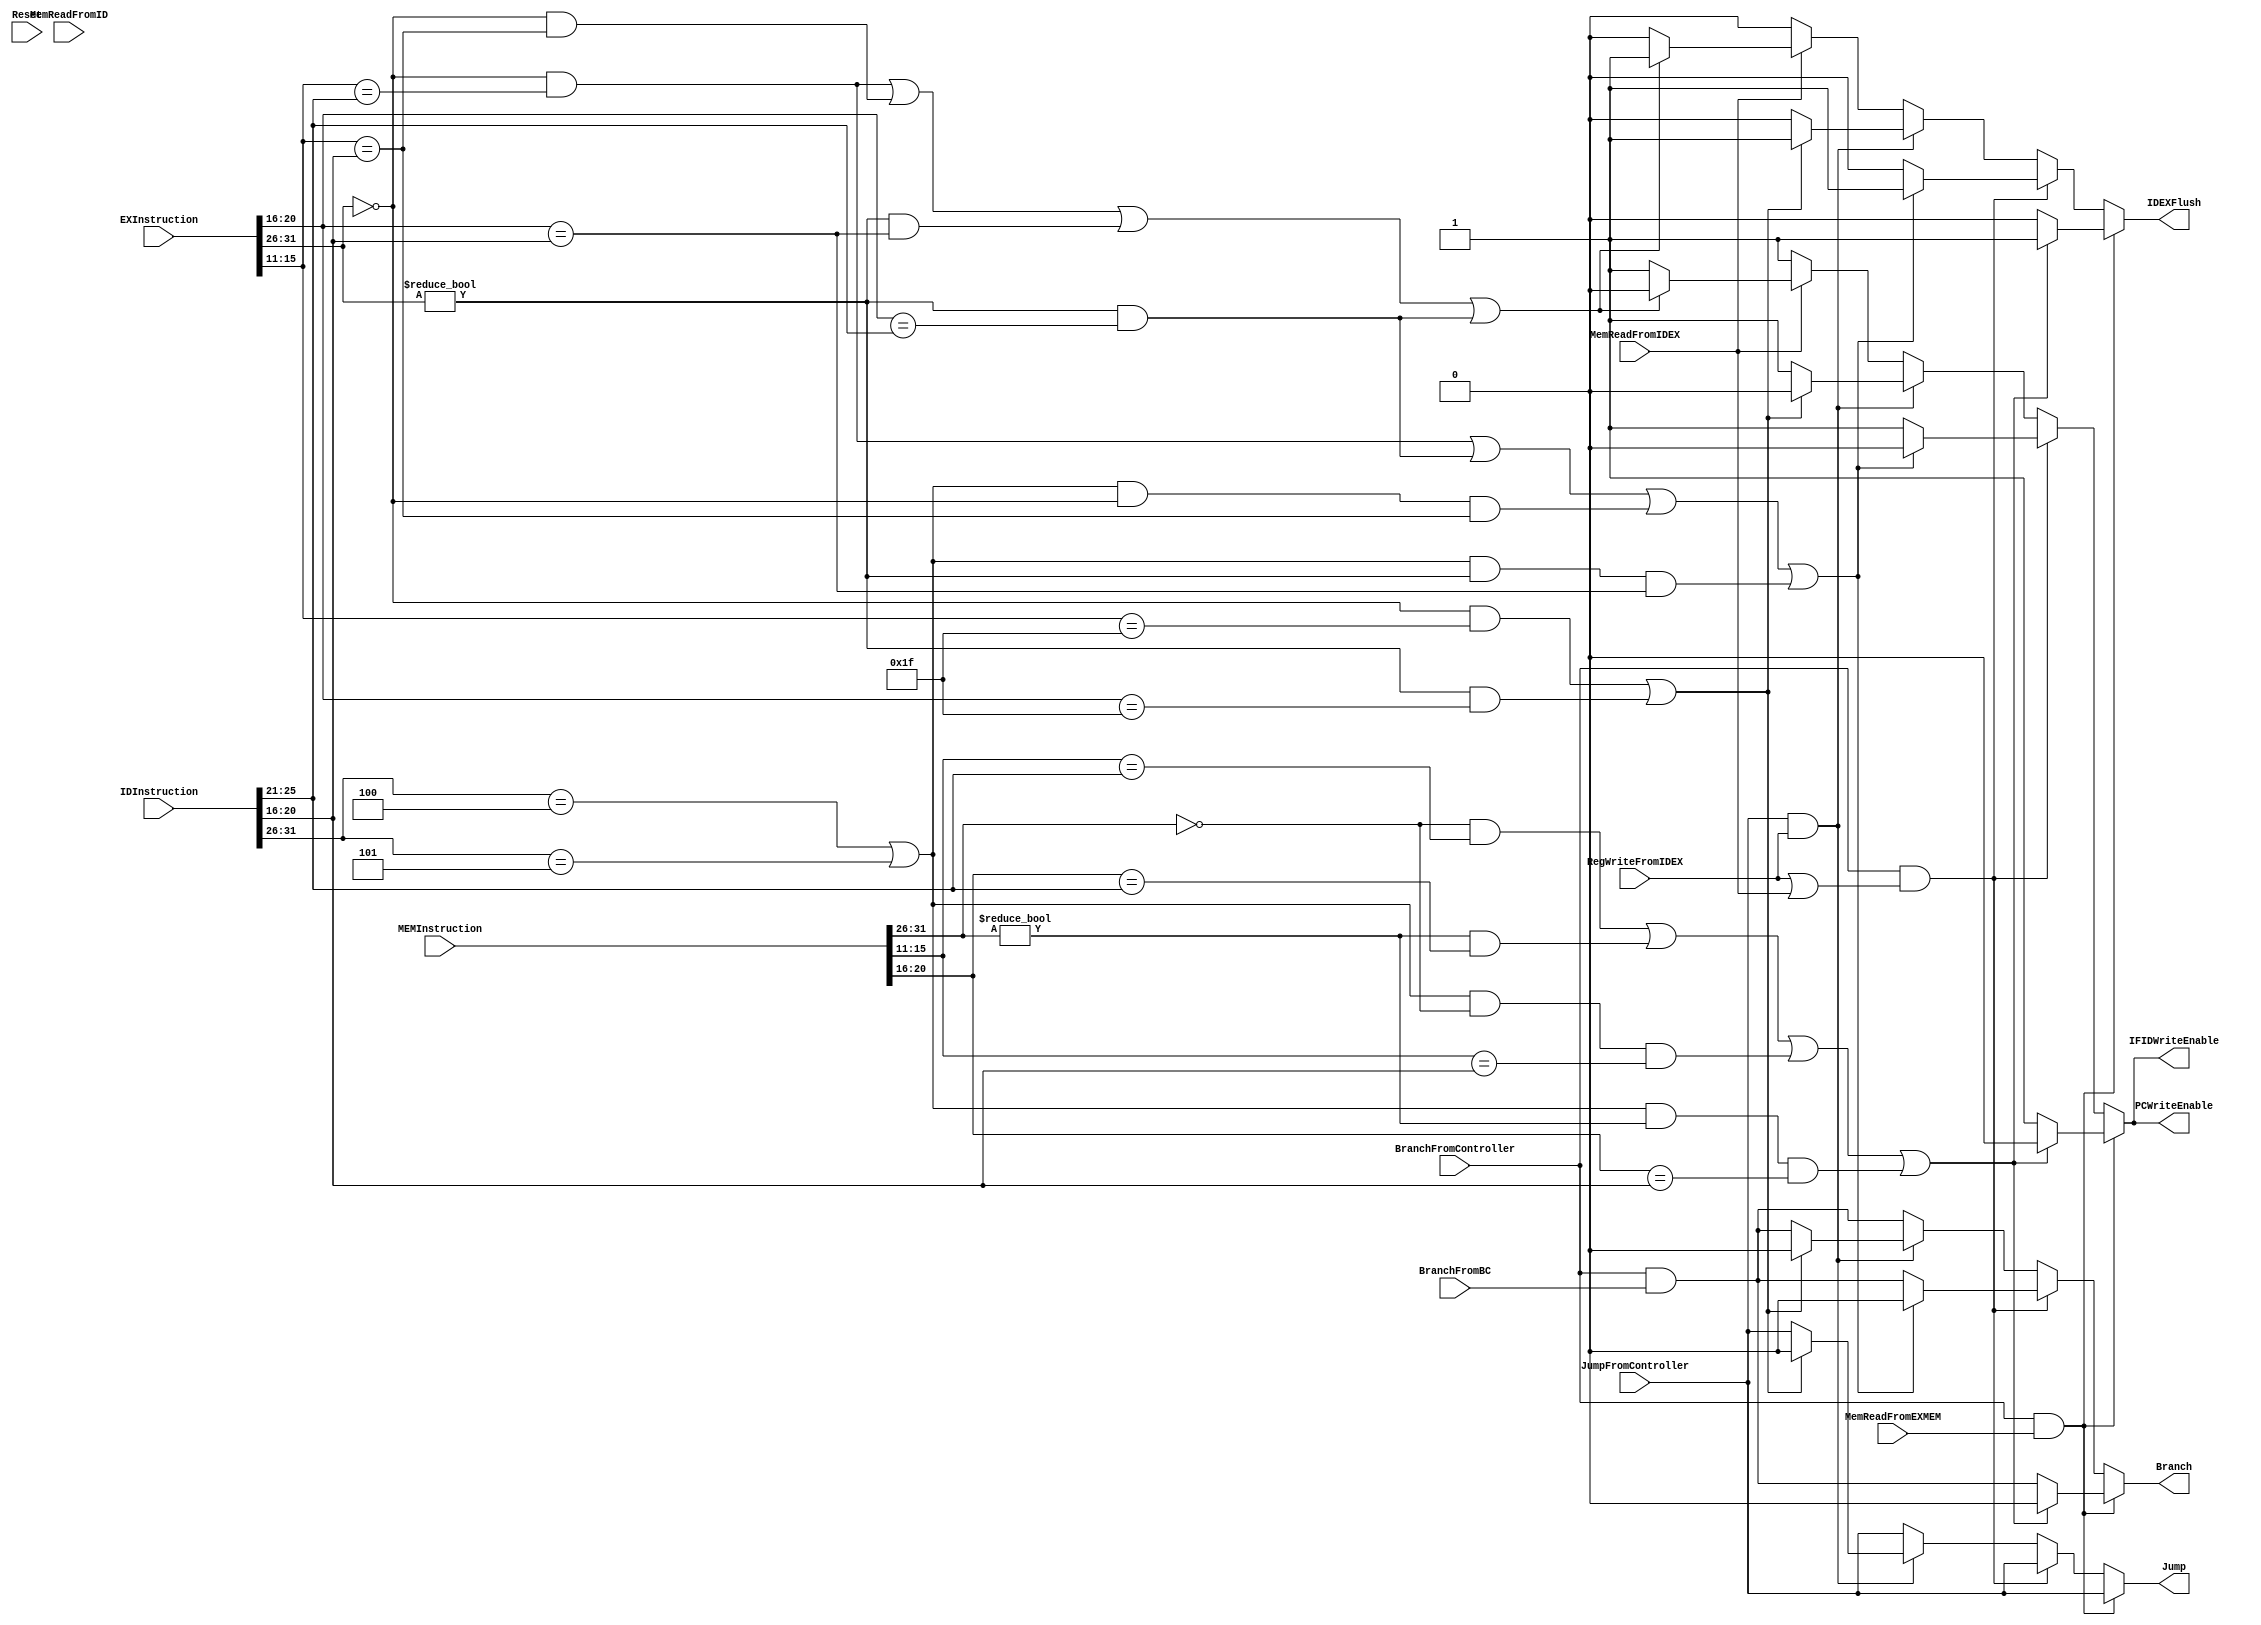
`timescale 1ns / 1ps
//////////////////////////////////////////////////////////////////////////////////
// Company: 
// Engineer: 
// 
// Design Name: 
// Module Name: HazardDetectionUnit
// Project Name: 
// Target Devices: 
// Tool Versions: 
// Description: 
// 
// Dependencies: 
// 
// Revision:
// Revision 0.01 - File Created
// Additional Comments:
// 
//////////////////////////////////////////////////////////////////////////////////

module HazardDetectionUnit(
    // Control Input(s)
    Reset, MemReadFromEXMEM, MemReadFromIDEX, MemReadFromID, BranchFromController, BranchFromBC, RegWriteFromIDEX, JumpFromController,
    // Data Input(s)
    IDInstruction, EXInstruction, MEMInstruction,
    // Control Output(s)
    IDEXFlush, PCWriteEnable, IFIDWriteEnable, Branch, Jump);
    
    input Reset, MemReadFromEXMEM, MemReadFromIDEX, MemReadFromID, BranchFromController, BranchFromBC, RegWriteFromIDEX, JumpFromController;
    input [31:0] IDInstruction, EXInstruction, MEMInstruction;
    
    output reg IDEXFlush, PCWriteEnable, IFIDWriteEnable, Branch, Jump;
    
    reg stall;
    
    initial begin
        PCWriteEnable <= 0;
        IFIDWriteEnable <= 0;
        IDEXFlush <= 0;
        Jump <= 0;
        Branch <= 0;
        stall <= 0;
    end
    
    always @(*) begin
        // If IDInstruction is Dependent on EXInstruction Stall Branch Decision
        // Only need to check MemRead From Mem. Stage because we have forwarding from MEM to Branch Resolution (in ID)
        if(BranchFromController && MemReadFromEXMEM) begin 
            // If MEMInstruction is R-Type AND IF MEM.RD == ID.RS
            if((MEMInstruction[31:26] == 6'd0 && MEMInstruction[15:11] == IDInstruction[25:21]) ||
               // If MEMInstruction is I-Type AND IF MEM.RT == ID.RS
               (MEMInstruction[31:26] != 6'd0 && MEMInstruction[20:16] == IDInstruction[25:21]) ||
               // (BNE and BEQ Branches ONLY) If MEMInstruction is R-Type AND IF MEM.RD == ID.RT
               ((IDInstruction[31:26] == 6'b000100 || IDInstruction[31:26] == 6'b000101) && MEMInstruction[31:26] == 6'd0 && MEMInstruction[15:11] == IDInstruction[20:16]) || 
               // (BNE and BEQ Branches ONLY) If MEMInstruction is I-Type AND IF MEM.RT == ID.RT
               ((IDInstruction[31:26] == 6'b000100 || IDInstruction[31:26] == 6'b000101) && MEMInstruction[31:26] != 6'd0 && MEMInstruction[20:16] == IDInstruction[20:16])) begin 
                PCWriteEnable <= 0;
                IFIDWriteEnable <= 0;
                IDEXFlush <= 1;
                Branch <= 0;
                Jump <= JumpFromController;
                stall <= 1;
            end else begin
                PCWriteEnable <= 1;
                IFIDWriteEnable <= 1;
                IDEXFlush <= 0;
                Branch <= BranchFromController & BranchFromBC;
                Jump <= JumpFromController;
                stall <= 0;
            end
        // IF IDInstruction is Dependent on MEMInstruction Stall Branch Decision
        end else if(BranchFromController && (RegWriteFromIDEX || MemReadFromIDEX)) begin // If IDInstruction is Dependent on EXInstruction Stall Branch Decision
            // If MEMInstruction is R-Type AND IF EX.RD == ID.RS
            if((EXInstruction[31:26] == 6'd0 && EXInstruction[15:11] == IDInstruction[25:21]) ||
               // If MEMInstruction is I-Type AND IF EX.RT == ID.RS
               (EXInstruction[31:26] != 6'd0 && EXInstruction[20:16] == IDInstruction[25:21]) ||
               // (BNE and BEQ Branches ONLY) If EXInstruction is R-Type AND IF EX.RD == ID.RT
               ((IDInstruction[31:26] == 6'b000100 || IDInstruction[31:26] == 6'b000101) && EXInstruction[31:26] == 6'd0 && EXInstruction[15:11] == IDInstruction[20:16]) || 
               // (BNE and BEQ Branches ONLY) If EXInstruction is I-Type AND IF EX.RT == ID.RT
               ((IDInstruction[31:26] == 6'b000100 || IDInstruction[31:26] == 6'b000101) && EXInstruction[31:26] != 6'd0 && EXInstruction[20:16] == IDInstruction[20:16])) begin 
                PCWriteEnable <= 0;
                IFIDWriteEnable <= 0;
                IDEXFlush <= 1;
                Branch <= 0;
                Jump <= JumpFromController;
                stall <= 1;
            end else begin
                PCWriteEnable <= 1;
                IFIDWriteEnable <= 1;
                IDEXFlush <= 0;
                Branch <= BranchFromController & BranchFromBC;
                Jump <= JumpFromController;
                stall <= 0;
            end
        // If Jump is Dependent on EX Instruction
        end else if(JumpFromController && RegWriteFromIDEX) begin
            // If EXInstruction is R-Type AND ID EX.RD == 31 ($ra)
            if((EXInstruction[31:26] == 6'd0 && EXInstruction[15:11] == 5'd31) ||
                // If EXInstruction is I-Type AND EX.RT == 31 ($ra)
               (EXInstruction[31:26] != 6'd0 && EXInstruction[20:16] == 5'd31))begin
               PCWriteEnable <= 0;
               IFIDWriteEnable <= 0;
               IDEXFlush <= 1;
               Branch <= 0;
               Jump <= 0;
               stall <= 1;
            end else begin
               PCWriteEnable <= 1;
               IFIDWriteEnable <= 1;
               IDEXFlush <= 0;
               Jump <= JumpFromController;
               Branch <= BranchFromController & BranchFromBC;
               stall <= 0;
            end
        end else if((MemReadFromIDEX /*|| MemReadFromID*/)) begin // Check if Previous or Current Command was/is LW
            if((EXInstruction[31:26] == 6'd0 && EXInstruction[15:11] == IDInstruction[25:21]) || // If EX is R-Type and IF EX.RD == ID.RS
               (EXInstruction[31:26] == 6'd0 && EXInstruction[15:11] == IDInstruction[20:16]) || // If EX is R-Type and IF EX.RD == ID.RT
               (EXInstruction[31:26] != 6'd0 && EXInstruction[20:16] == IDInstruction[20:16]) || // If EX is I-Type and IF EX.RT == ID.RT
               (EXInstruction[31:26] != 6'd0 && EXInstruction[20:16] == IDInstruction[25:21])) begin // If EX is I-Type and IF EX.RT == ID.RT
                PCWriteEnable <= 0;
                IFIDWriteEnable <= 0;
                IDEXFlush <= 1;
                Branch <= BranchFromController & BranchFromBC;
                Jump <= JumpFromController;
                stall <= 1;
            end else begin
                PCWriteEnable <= 1;
                IFIDWriteEnable <= 1;
                IDEXFlush <= 0;
                Branch <= BranchFromController & BranchFromBC;
                Jump <= JumpFromController;
                stall <= 0;
            end
        end else begin
            PCWriteEnable <= 1;
            IFIDWriteEnable <= 1;
            IDEXFlush <= 0;
            Branch <= BranchFromController & BranchFromBC;
            Jump <= JumpFromController;
            stall <= 0;
        end
    end
endmodule